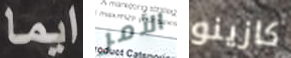
ايما الأمر كازينو